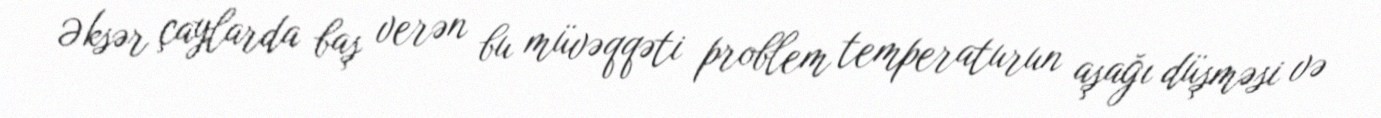
Əksər çaylarda baş verən bu müvəqqəti problem temperaturun aşağı düşməsi və